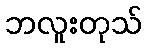
ဘလူးတုသ်